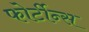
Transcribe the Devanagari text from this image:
फोर्टीन्स